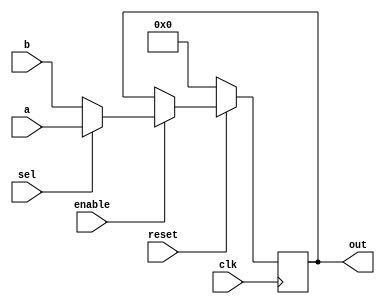
module mux13_13(a,b,sel,enable, out,clk,reset); //0-->a,1-->b

input [12:0]a,b;
input sel,clk,reset;
input enable;

output [12:0]out;
reg [12:0]out;

always@(posedge clk)
begin
 if(reset==0)
 begin
    out <= 0;
 end
 
 if(reset==1)
 begin
 out<= enable== 1'b0 ? out : sel? a : b;
 end
end

endmodule